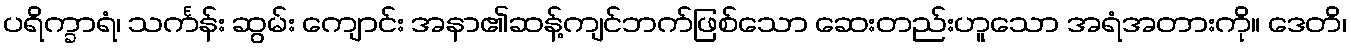
ပရိက္ခာရံ၊ သင်္ကန်း ဆွမ်း ကျောင်း အနာ၏ဆန့်ကျင်ဘက်ဖြစ်သော ဆေးတည်းဟူသော အရံအတားကို။ ဒေတိ၊